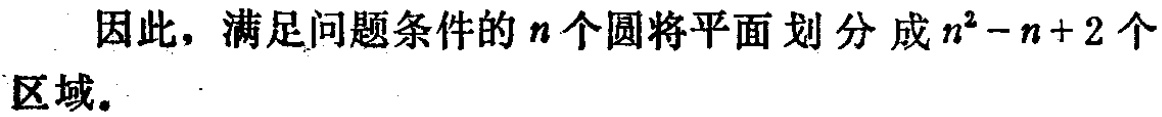
因此，满足问题条件的\(n\)个圆将平面划分成\(n^{2}-n + 2\)个区域。